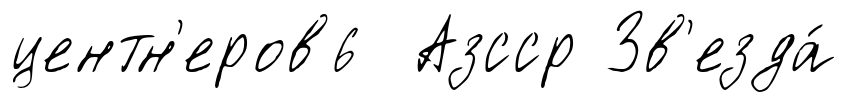
центн'еров6 Азсср Зв'езда́